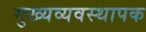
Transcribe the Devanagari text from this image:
मुख्यव्यवस्थापक